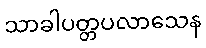
သာခါပတ္တပလာသေန